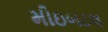
મીઇબટલ